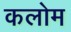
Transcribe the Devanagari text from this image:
कलोम